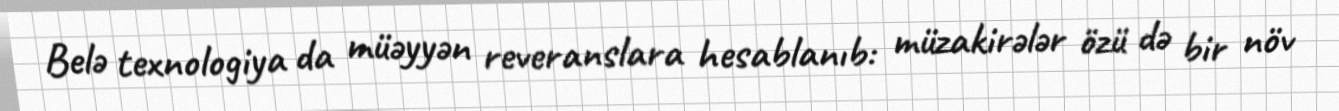
Belə texnologiya da müəyyən reveranslara hesablanıb: müzakirələr özü də bir növ